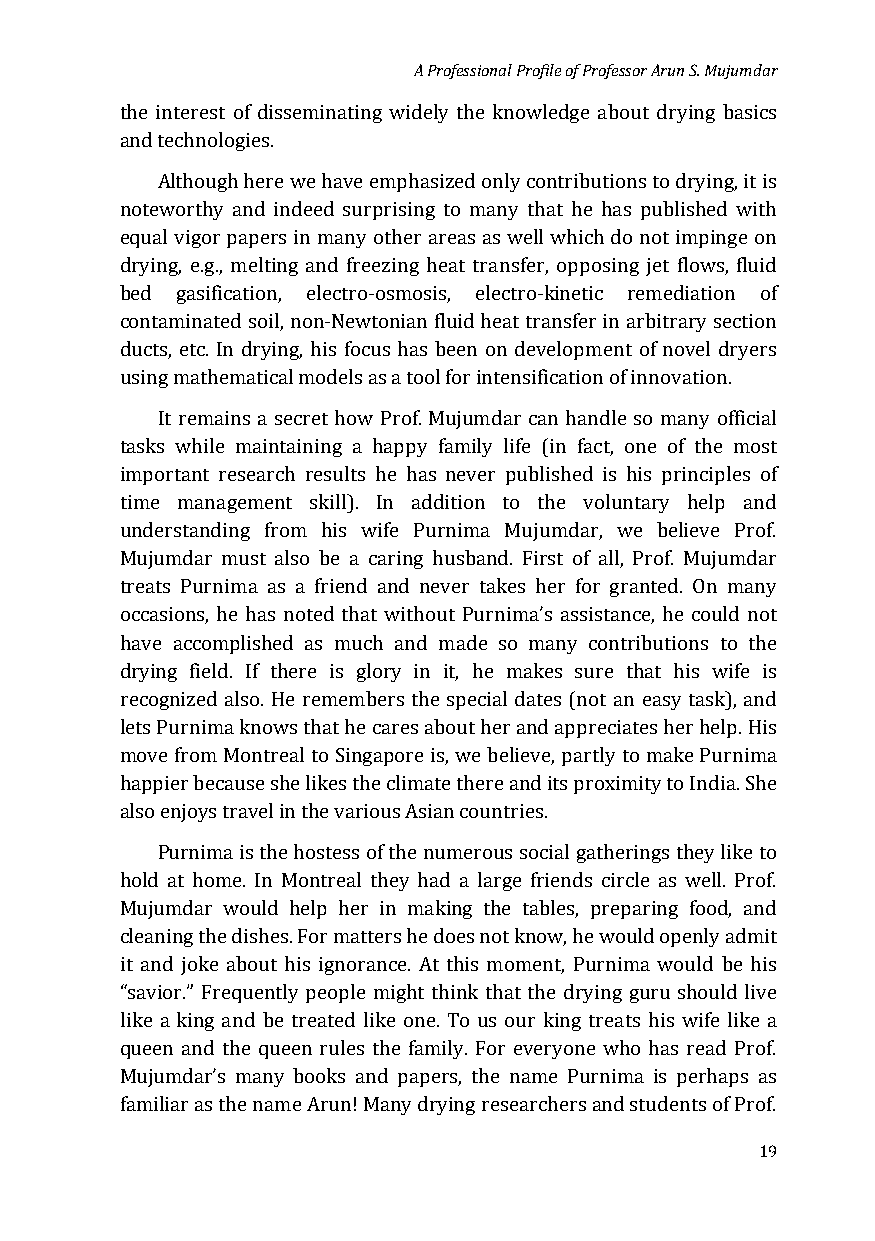
A Professional Profile of Professor Arun S. Mujumdar
 the interest of disseminating widely the knowledge about drying basics
 and technologies.
 Although here we have emphasized only contributions to drying, it is
 noteworthy and indeed surprising to many that he has published with
 equal vigor papers in many other areas as well which do not impinge on
 drying, e.g., melting and freezing heat transfer, opposing jet flows, fluid
 bed gasification, electro-osmosis, electro-kinetic remediation of
 contaminated soil, non-Newtonian fluid heat transfer in arbitrary section
 ducts, etc. In drying, his focus has been on development of novel dryers
 using mathematical models as a tool for intensification of innovation.
 It remains a secret how Prof. Mujumdar can handle so many official
 tasks while maintaining a happy family life (in fact, one of the most
 important research results he has never published is his principles of
 time management skill). In addition to the voluntary help and
 understanding from his wife Purnima Mujumdar, we believe Prof.
 Mujumdar must also be a caring husband. First of all, Prof. Mujumdar
 treats Purnima as a friend and never takes her for granted. On many
 occasions, he has noted that without Purnima’s assistance, he could not
 have accomplished as much and made so many contributions to the
 drying field. If there is glory in it, he makes sure that his wife is
 recognized also. He remembers the special dates (not an easy task), and
 lets Purnima knows that he cares about her and appreciates her help. His
 move from Montreal to Singapore is, we believe, partly to make Purnima
 happier because she likes the climate there and its proximity to India. She
 also enjoys travel in the various Asian countries.
 Purnima is the hostess of the numerous social gatherings they like to
 hold at home. In Montreal they had a large friends circle as well. Prof.
 Mujumdar would help her in making the tables, preparing food, and
 cleaning the dishes. For matters he does not know, he would openly admit
 it and joke about his ignorance. At this moment, Purnima would be his
 “savior.” Frequently people might think that the drying guru should live
 like a king and be treated like one. To us our king treats his wife like a
 queen and the queen rules the family. For everyone who has read Prof.
 Mujumdar’s many books and papers, the name Purnima is perhaps as
 familiar as the name Arun! Many drying researchers and students of Prof.
 19